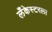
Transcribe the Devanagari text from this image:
लँकेस्टरला